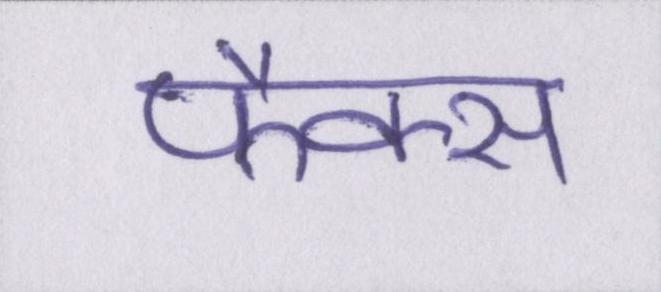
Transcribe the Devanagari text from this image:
फैक्स